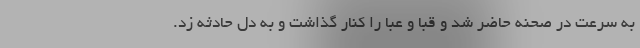
به سرعت در صحنه حاضر شد و قبا و عبا را کنار گذاشت و به دل حادثه زد.